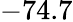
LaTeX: -74.7